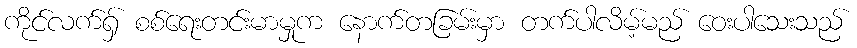
ကိုင်လက်ရှ် စစ်ရေးတင်းမာမှုက နောက်တခြမ်းမှာ တက်ပါလိမ့်မည် ဝေးပါသေးသည်